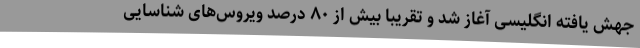
جهش یافته انگلیسی آغاز شد و تقریبا بیش از ۸۰ درصد ویروس‌های شناسایی